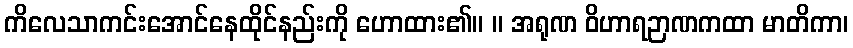
ကိလေသာကင်းအောင်နေထိုင်နည်းကို ဟောထား၏။ ။ အရုဏ ဝိဟာရဉာဏကထာ မာတိကာ၊